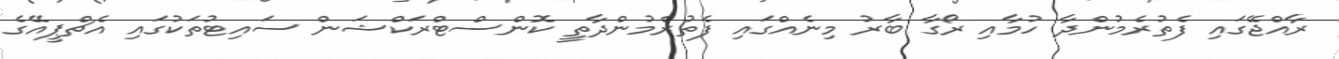
ރާއްޖޭގައި ފެތުރެމުންދާ ހުމާއި ރޯގާ ބާރު މިނެއްގައި ފެތުރެމުންދާތީ ކޮންސްޓްރަކްޝަން ސައިޓުތަކުގައި އެޗްޕީއޭގެ